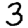
Digit: 3